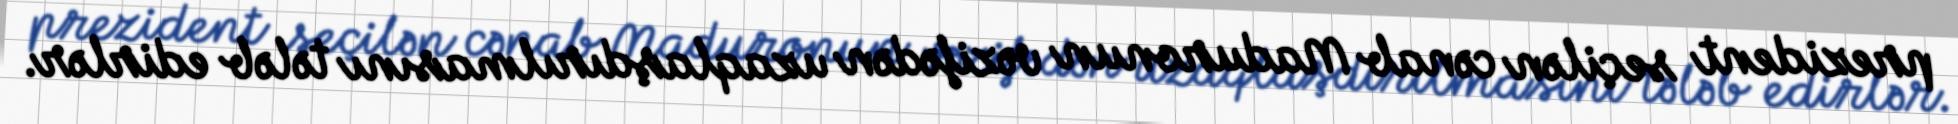
prezident seçilən cənab Maduronun vəzifədən uzaqlaşdırılmasını tələb edirlər.